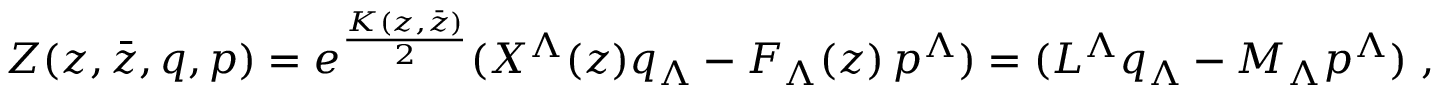
Z ( z , \bar { z } , q , p ) = e ^ { \frac { K ( z , \bar { z } ) } { 2 } } ( X ^ { \Lambda } ( z ) q _ { \Lambda } - F _ { \Lambda } ( z ) \, p ^ { \Lambda } ) = ( L ^ { \Lambda } q _ { \Lambda } - M _ { \Lambda } p ^ { \Lambda } ) \ ,